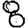
Digit: 8